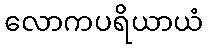
လောကပရိယာယံ